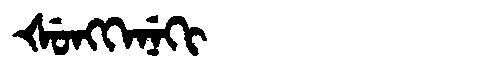
Manchu: ᡧᡠᠩᡴᡝᠨᡝᡴᡳ
Romanization: ŠUNGKENEKI